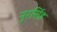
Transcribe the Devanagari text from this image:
नूरसिंह